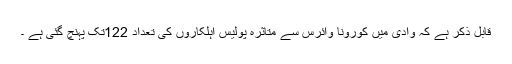
قابل ذکر ہے کہ وادی میں کورونا وائرس سے متاثرہ پولیس اہلکاروں کی تعداد 122تک پہنچ گئی ہے ۔